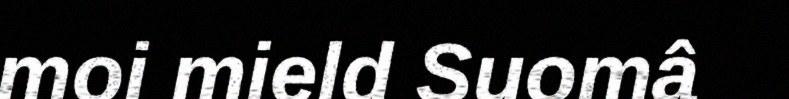
moi mield Suomâ